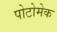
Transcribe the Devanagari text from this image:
पोटोमेक